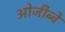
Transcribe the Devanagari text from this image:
ओजीब्वे